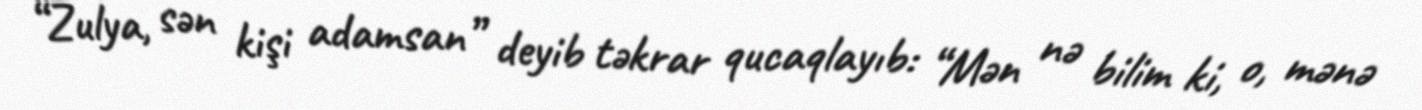
“Zulya, sən kişi adamsan” deyib təkrar qucaqlayıb: “Mən nə bilim ki, o, mənə